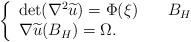
LaTeX: \begin{align*}\left\{\begin{array}{ll} \det(\nabla^2\widetilde u) = \Phi (\xi) \quad& B_H\\\nabla \widetilde u(B_H)=\Omega.\end{array}\right.\end{align*}